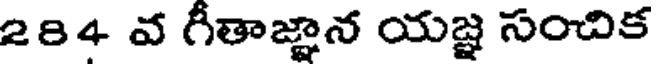
284 వ గీతాజ్ఞాన యజ్ఞ సంచిక